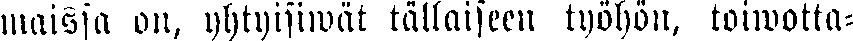
maissa on, yhtyisiwät tällaiseen työhön, toiwotta-